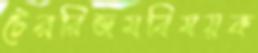
টেররিজমবিষয়ক